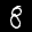
Label: 8